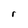
Character: r